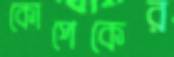
কোপেকের